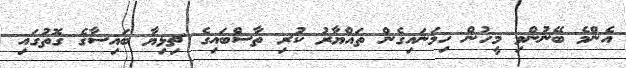
އެންމެ ބޭނުންވި މީހުން ހިމަނައިގެން ތައްޔާރު ކުރި ތާސްބައިގެ ޗިޅިޔާ ބައިސާގެ ގޮތުގައި